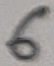
Text: 6